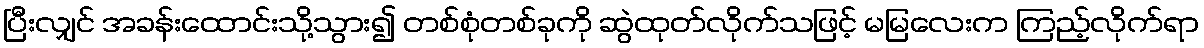
ပြီးလျှင် အခန်းထောင်းသို့သွား၍ တစ်စုံတစ်ခုကို ဆွဲထုတ်လိုက်သဖြင့် မမြလေးက ကြည့်လိုက်ရာ